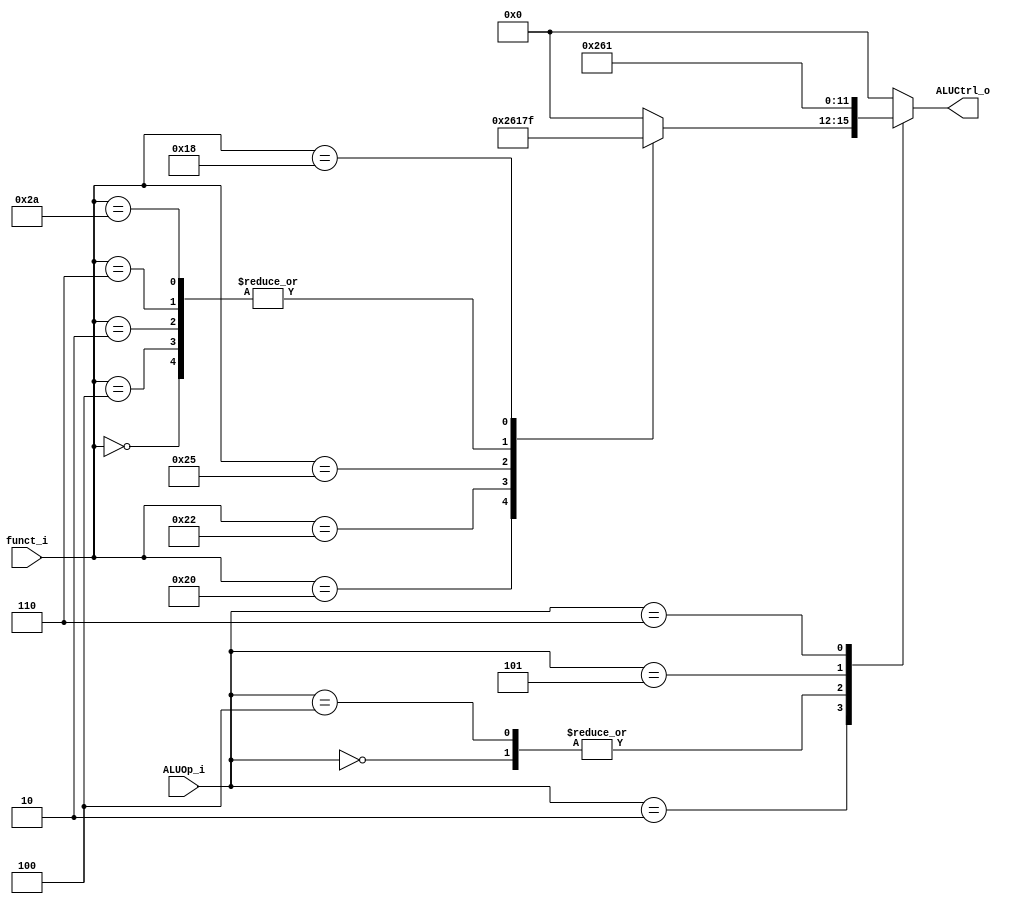
//Student ID: 0016311
//Subject:     CO project 2 - ALU Controller
//--------------------------------------------------------------------------------
//Version:     1
//--------------------------------------------------------------------------------
//Writer:      
//----------------------------------------------
//Date:        
//----------------------------------------------
//Description: 
//--------------------------------------------------------------------------------

module ALU_Ctrl(
          funct_i,
          ALUOp_i,
          ALUCtrl_o
          );
          
//I/O ports 
input      [6-1:0] funct_i;
input      [3-1:0] ALUOp_i;

output     [4-1:0] ALUCtrl_o;    
     
//Internal Signals
reg        [4-1:0] ALUCtrl_o;

//Parameter


always @(*) 
begin
	case(ALUOp_i)
	3'b000:		//lw,sw
	begin
		ALUCtrl_o <= 4'b0010;
	end
	3'b010:		//R-type
	begin
		case (funct_i)
		6'b000000:	//SLL
		begin
			ALUCtrl_o <= 4'b0111;
		end
		6'b000100:	//SLLV
		begin
			ALUCtrl_o <= 4'b0111;
		end
		6'b000010:	//SRL
		begin
			ALUCtrl_o <= 4'b0111;
		end
		6'b000110:	//SRLV
		begin
			ALUCtrl_o <= 4'b0111;
		end
		
		6'b100000:	//addition
		begin
			ALUCtrl_o <= 4'b0010;
		end
		6'b100010:	//subtraction
		begin
			ALUCtrl_o <= 4'b0110;
		end
		6'b100100:	//logic and
		begin
			ALUCtrl_o <= 4'b0000;
		end
		6'b100101:	//logic or
		begin
			ALUCtrl_o <= 4'b0001;
		end
		6'b101010:	//set on less than
		begin
			ALUCtrl_o <= 4'b0111;
		end
		6'b011000:	//mul
		begin
			ALUCtrl_o <= 4'b1111;
		end
		default:
		begin
			ALUCtrl_o <= 4'b0000;
		end
		endcase
	end
	3'b100:		//add immediate
	begin
		ALUCtrl_o <= 4'b0010;
	end
	3'b101:		//Branch on Equal
	begin
		ALUCtrl_o <= 4'b0110;
	end	
	3'b110:		//OR immedicate
	begin
		ALUCtrl_o <= 4'b0001;
	end
	default:
	begin
		ALUCtrl_o <= 4'b0000;
	end
	endcase
end
       
//Select exact operation

endmodule